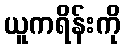
ယူကရိန်းကို